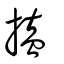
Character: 搕